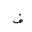
Letter: _fa